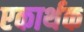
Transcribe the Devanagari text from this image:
एकार्थक